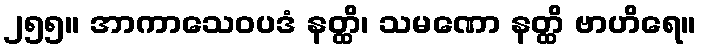
၂၅၅။ အာကာသေဝပဒံ နတ္ထိ၊ သမဏော နတ္ထိ ဗာဟိရေ။